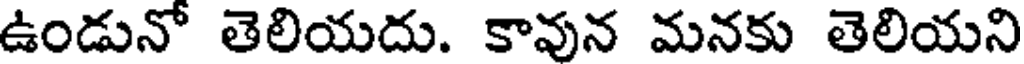
ఉండునో తెలియదు. కావున మనకు తెలియని